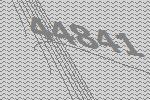
44841